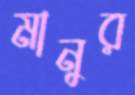
মানুর